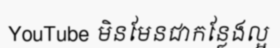
YouTube មិនមែនជាកន្លែងល្អ